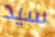
سيد